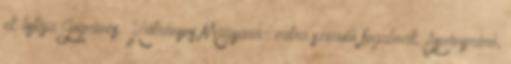
ek listája Jogcímcs. Hátrányos Magyará- zatra szoruló fogalmak ▪Ásványráró,